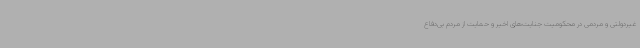
غیردولتی و مردمی در محکومیت جنایت‌های اخیر و حمایت از مردم بی‌دفاع